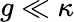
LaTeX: g\ll\kappa